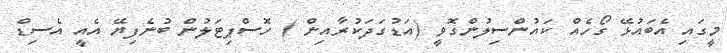
މީގައި އެބައުޅޭ ގޯހެއް ކައުންސިލުންގޮވީ (އަޑުގަދަކުރާއިން ) ހޮސްޕިޓަލުން ބުނެފިޔޭ އެއީ އެސިޑް